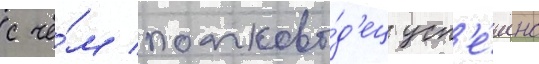
с че́м полково́д'ец усп'е́шно